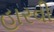
હારવી